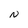
Character: N